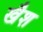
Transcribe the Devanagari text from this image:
खैश